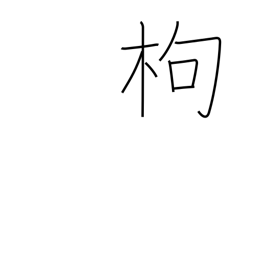
Meaning: quince tree